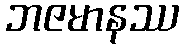
ဘဇမာနဿ